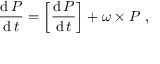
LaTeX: { \frac { \operatorname { d } { \boldsymbol { P } } } { \operatorname { d } t } } = \left[ { \frac { \operatorname { d } { \boldsymbol { P } } } { \operatorname { d } t } } \right] + { \boldsymbol { \omega } } \times { \boldsymbol { P } } \ ,